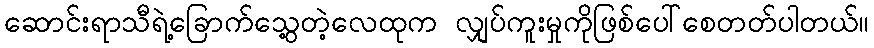
ဆောင်းရာသီရဲ့ခြောက်သွေ့တဲ့လေထုက လျှပ်ကူးမှုကိုဖြစ်ပေါ်စေတတ်ပါတယ်။